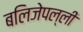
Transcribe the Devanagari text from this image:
बलिजेपल्ली